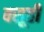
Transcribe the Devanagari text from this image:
बसूही